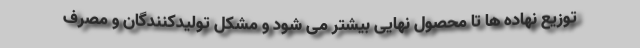
توزیع نهاده ها تا محصول نهایی بیشتر می شود و مشکل تولیدکنندگان و مصرف